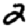
Digit: 2